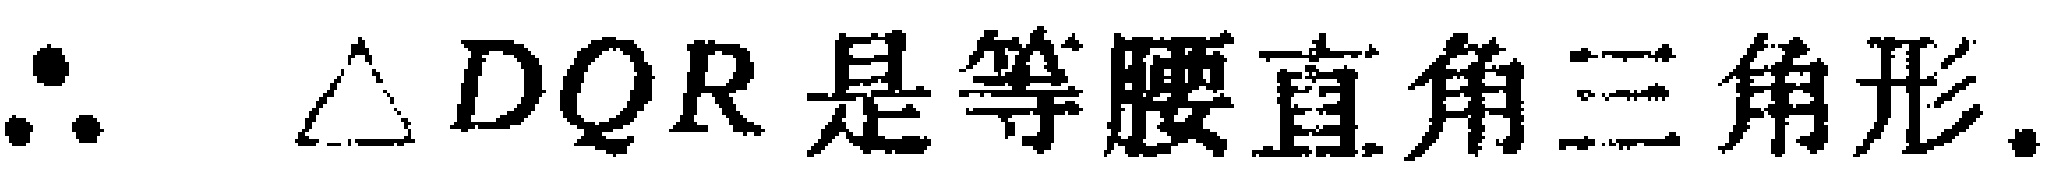
\(\therefore \triangle DQR\text{是等腰直角三角形}.\)